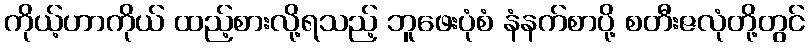
ကိုယ့်ဟာကိုယ် ထည့်စားလို့ရသည့် ဘူဖေးပုံစံ နံနက်စာပို့ စတီးဇလုံတို့တွင်